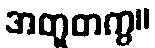
အတူတကွ။